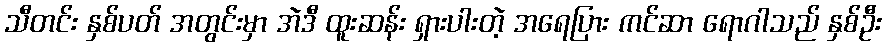
သီတင်း နှစ်ပတ် အတွင်းမှာ အဲဒီ ထူးဆန်း ရှားပါးတဲ့ အရေပြား ကင်ဆာ ရောဂါသည် နှစ်ဦး